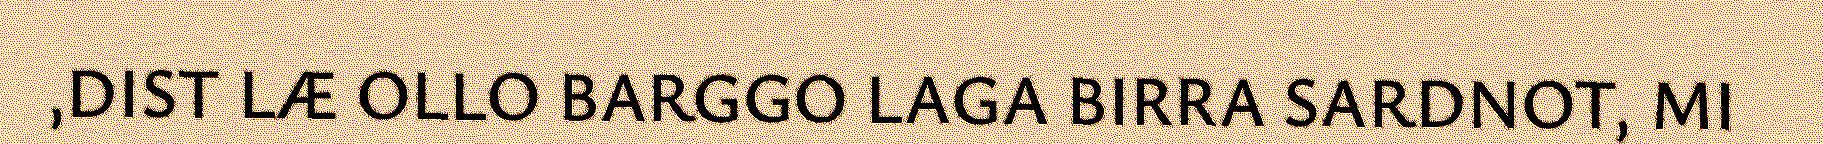
,DIST LÆ OLLO BARGGO LAGA BIRRA SARDNOT, MI